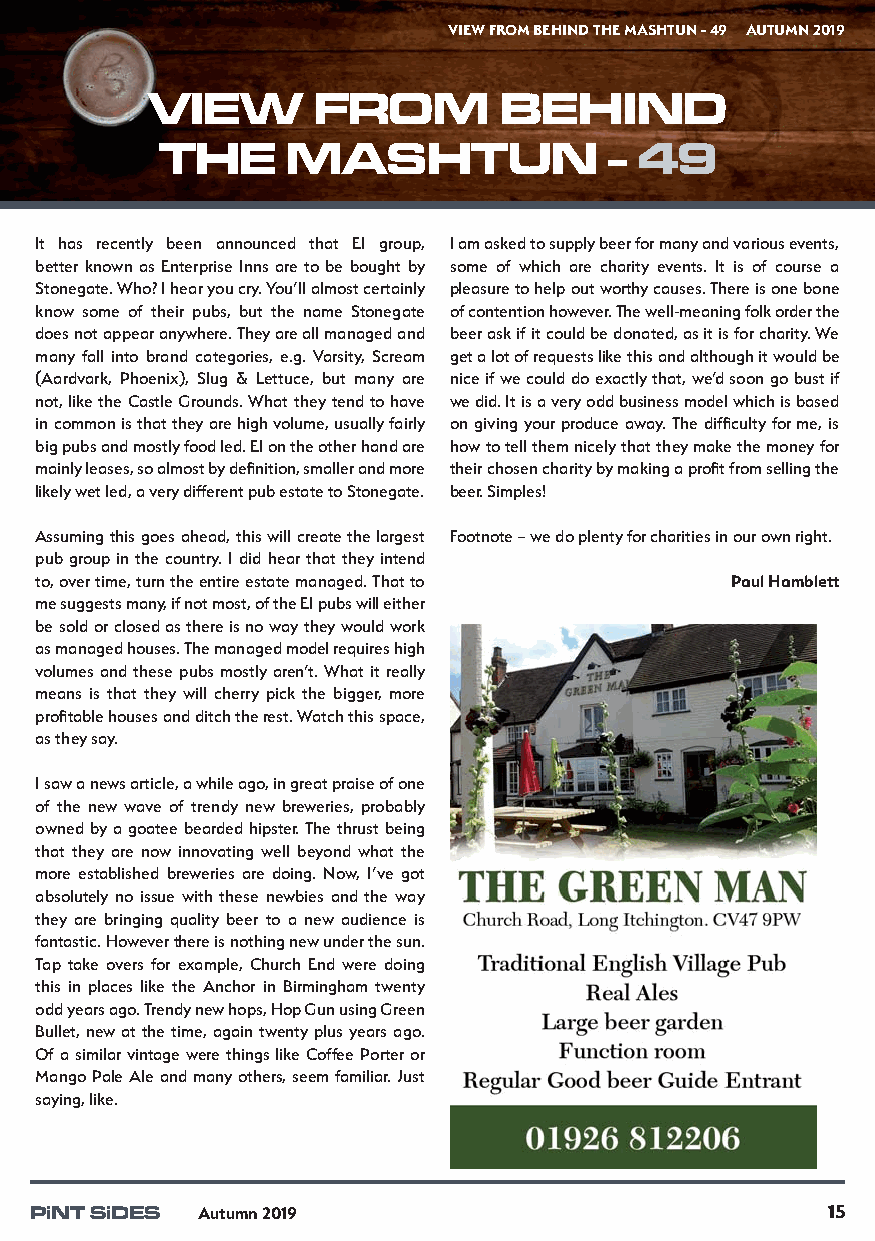
VIEW FROM BEHIND THE MASHTUN - 49 AUTUMN 2019
 VIEW       FROM        BEHIND
 THE      MASHTUN              - 49
 It has recently been announced that EI group, I am asked to supply beer for many and various events,
 better known as Enterprise Inns are to be bought by some of which are charity events. It is of course a
 Stonegate. Who? I hear you cry. You’ll almost certainly pleasure to help out worthy causes. There is one bone
 know some of their pubs, but the name Stonegate of contention however. The well-meaning folk order the
 does not appear anywhere. They are all managed and beer ask if it could be donated, as it is for charity. We
 many fall into brand categories, e.g. Varsity, Scream get a lot of requests like this and although it would be
 (Aardvark, Phoenix), Slug & Lettuce, but many are nice if we could do exactly that, we’d soon go bust if
 not, like the Castle Grounds. What they tend to have we did. It is a very odd business model which is based
 in common is that they are high volume, usually fairly on giving your produce away. The difficulty for me, is
 big pubs and mostly food led. EI on the other hand are how to tell them nicely that they make the money for
 mainly leases, so almost by definition, smaller and more their chosen charity by making a profit from selling the
 likely wet led, a very different pub estate to Stonegate. beer. Simples!
 Assuming this goes ahead, this will create the largest Footnote – we do plenty for charities in our own right.
 pub group in the country. I did hear that they intend
 to, over time, turn the entire estate managed. That to Paul Hamblett
 me suggests many, if not most, of the EI pubs will either
 be sold or closed as there is no way they would work
 as managed houses. The managed model requires high
 volumes and these pubs mostly aren’t. What it really
 means is that they will cherry pick the bigger, more
 profitable houses and ditch the rest. Watch this space,
 as they say.
 I saw a news article, a while ago, in great praise of one
 of the new wave of trendy new breweries, probably
 owned by a goatee bearded hipster. The thrust being
 that they are now innovating well beyond what the
 more established breweries are doing. Now, I’ve got
 absolutely no issue with these newbies and the way
 they are bringing quality beer to a new audience is
 fantastic. However there is nothing new under the sun.
 Tap take overs for example, Church End were doing
 this in places like the Anchor in Birmingham twenty
 odd years ago. Trendy new hops, Hop Gun using Green
 Bullet, new at the time, again twenty plus years ago.
 Of a similar vintage were things like Coffee Porter or
 Mango Pale Ale and many others, seem familiar. Just
 saying, like.
 PiNT SiDES Autumn 2019                               15